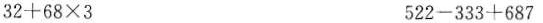
$$3 2 + 6 8 \times3$$ $$5 2 2-3 3 3 + 6 8 7$$